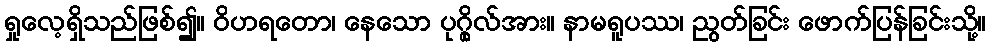
ရှုလေ့ရှိသည်ဖြစ်၍။ ဝိဟရတော၊ နေသော ပုဂ္ဂိုလ်အား။ နာမရူပဿ၊ ညွတ်ခြင်း ဖောက်ပြန်ခြင်းသို့။